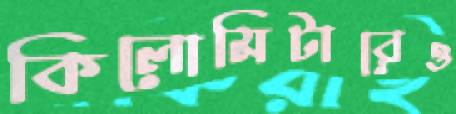
কিলোমিটারেও